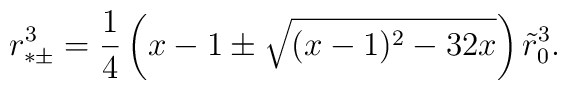
r^{3}_{*\pm}={1\over 4}\left(x-1\pm\sqrt{(x-1)^{2}-32 x}\right)\tilde{r}_{0}^{3}.